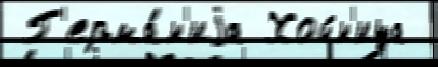
 Г'ерма́н'иjа Хойн'ица